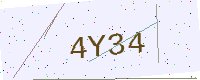
Text: 4Y34